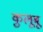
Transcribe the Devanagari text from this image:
कुलूबू